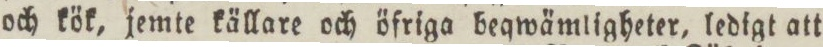
och kök, jemte källare och öfriga beqwämligheter, ledigt att